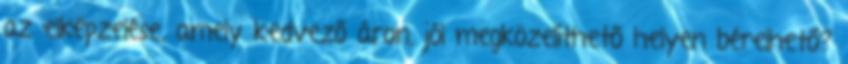
az elképzelése, amely kedvező áron, jól megközelíthető helyen bérelhető?